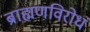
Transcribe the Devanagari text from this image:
ब्राह्मणविरोध